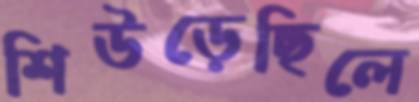
শিউড়েছিলে